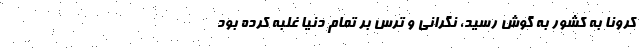
کرونا به کشور به گوش رسید، نگرانی و ترس بر تمام دنیا غلبه کرده بود